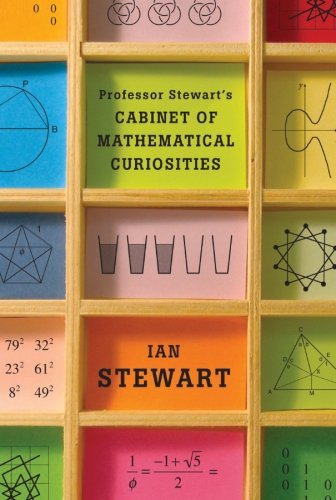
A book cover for Professor Stewart's Cabinet of Mathematical Curiosities; Ian Stewart; Science & Math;